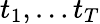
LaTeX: t_{1},\dots t_{T}